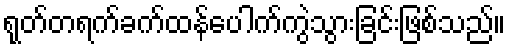
ရုတ်တရက်ခက်ထန်ပေါက်ကွဲသွားခြင်းဖြစ်သည်။